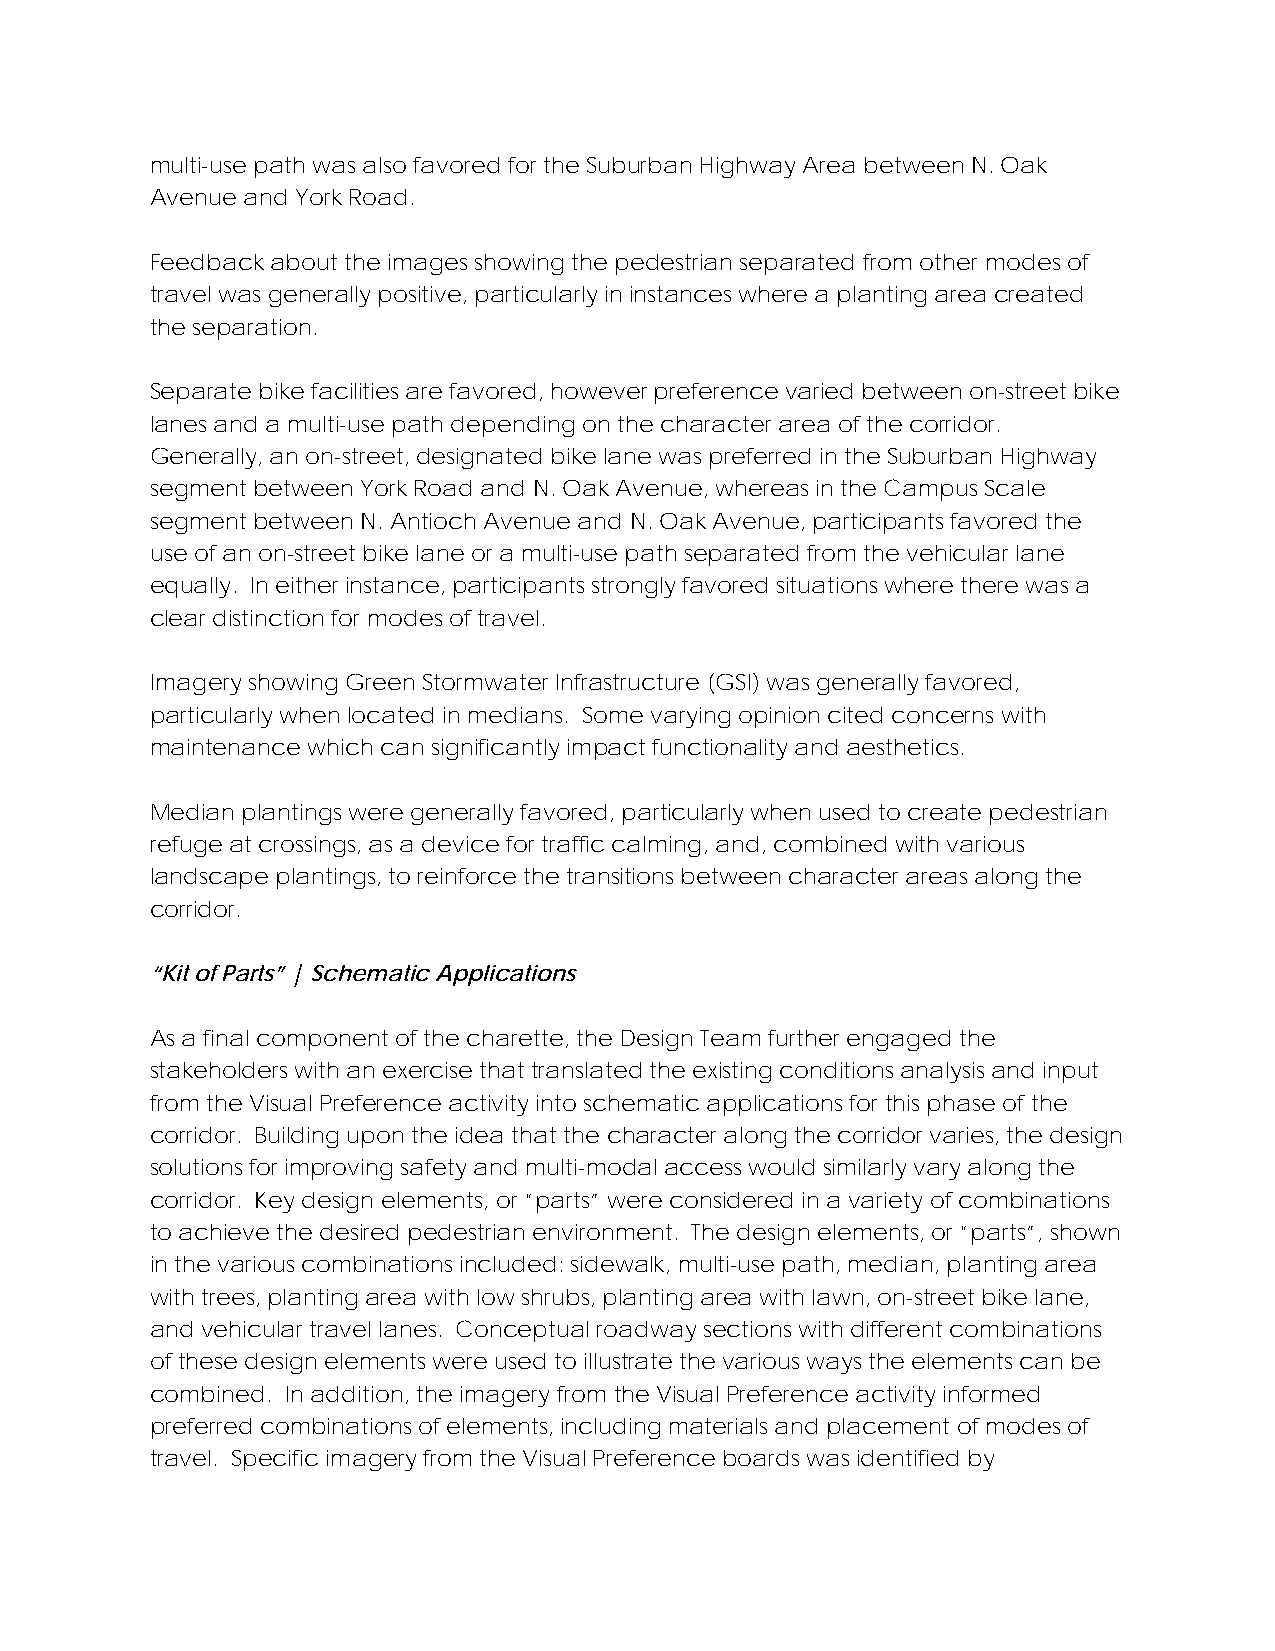
multi-use path was also favored for the Suburban Highway Area between N. Oak
 Avenue and York Road.
 Feedback about the images showing the pedestrian separated from other modes of
 travel was generally positive, particularly in instances where a planting area created
 the separation.
 Separate bike facilities are favored, however preference varied between on-street bike
 lanes and a multi-use path depending on the character area of the corridor.
 Generally, an on-street, designated bike lane was preferred in the Suburban Highway
 segment between York Road and N. Oak Avenue, whereas in the Campus Scale
 segment between N. Antioch Avenue and N. Oak Avenue, participants favored the
 use of an on-street bike lane or a multi-use path separated from the vehicular lane
 equally. In either instance, participants strongly favored situations where there was a
 clear distinction for modes of travel.
 Imagery showing Green Stormwater Infrastructure (GSI) was generally favored,
 particularly when located in medians. Some varying opinion cited concerns with
 maintenance which can significantly impact functionality and aesthetics.
 Median plantings were generally favored, particularly when used to create pedestrian
 refuge at crossings, as a device for traffic calming, and, combined with various
 landscape plantings, to reinforce the transitions between character areas along the
 corridor.
 “Kit of Parts” | Schematic Applications
 As a final component of the charette, the Design Team further engaged the
 stakeholders with an exercise that translated the existing conditions analysis and input
 from the Visual Preference activity into schematic applications for this phase of the
 corridor. Building upon the idea that the character along the corridor varies, the design
 solutions for improving safety and multi-modal access would similarly vary along the
 corridor. Key design elements, or “parts” were considered in a variety of combinations
 to achieve the desired pedestrian environment. The design elements, or “parts”, shown
 in the various combinations included: sidewalk, multi-use path, median, planting area
 with trees, planting area with low shrubs, planting area with lawn, on-street bike lane,
 and vehicular travel lanes. Conceptual roadway sections with different combinations
 of these design elements were used to illustrate the various ways the elements can be
 combined. In addition, the imagery from the Visual Preference activity informed
 preferred combinations of elements, including materials and placement of modes of
 travel. Specific imagery from the Visual Preference boards was identified by